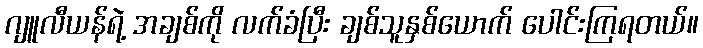
ဂျူလီယန်ရဲ့ အချစ်ကို လက်ခံပြီး ချစ်သူနှစ်ယောက် ပေါင်းကြရတယ်။